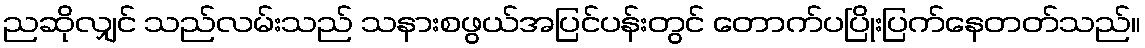
ညဆိုလျှင် သည်လမ်းသည် သနားစဖွယ်အပြင်ပန်းတွင် တောက်ပပြိုးပြက်နေတတ်သည်။